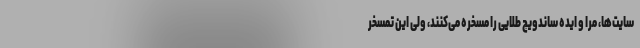
سایت‌ها، مرا و ایده ساندویچ طلایی را مسخره می‌کنند، ولی این تمسخر